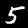
Digit: 5